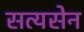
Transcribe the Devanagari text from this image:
सत्यसेन